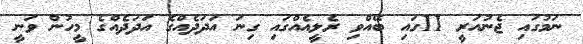
ނަމުގައި ޖެނުއަރީ 11ގައި ބޭއްވި ރެލީއެއްގައި ގިނަ އަދަދެއްގެ އަދަދެއްގެ މީހުން ވަނީ